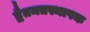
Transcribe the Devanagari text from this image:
द्वैतमतस्थापक